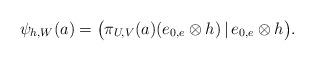
LaTeX: \begin{align*}\psi_{h,W}(a)=\big(\pi_{U,V}(a)(e_{0,e}\otimes h)\,|\,e_{0,e}\otimes h\big).\end{align*}